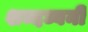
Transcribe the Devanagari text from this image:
शब्दध्वनी